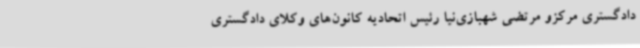
دادگستری مرکزو مرتضی شهبازی‌نیا رئیس اتحادیه کانون‌های وکلای دادگستری